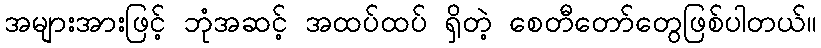
အများအားဖြင့် ဘုံအဆင့် အထပ်ထပ် ရှိတဲ့ စေတီတော်တွေဖြစ်ပါတယ်။